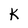
Character: K